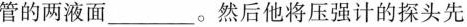
管的两液面___。然后他将压强计的探头先